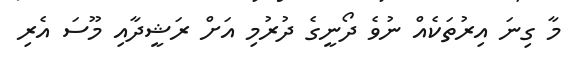
މާ ގިނަ އިރުތަކެއް ނުވެ ދޯނީގެ ދުރުމި އަށް ރަޝީދާއި މޫސަ އެރި